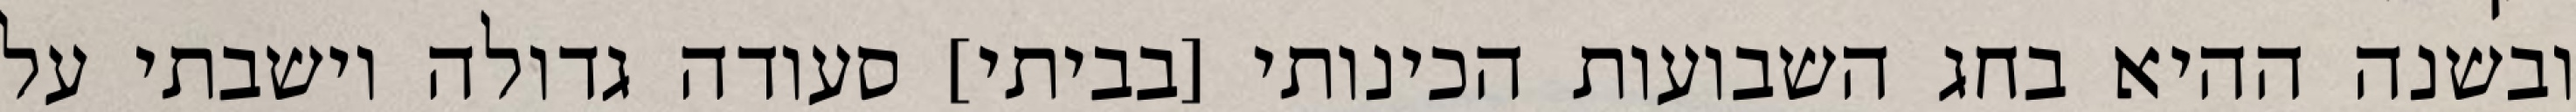
ובשנה ההיא בחג השבועות הכינותי [בביתי] סעודה גדולה וישבתי על